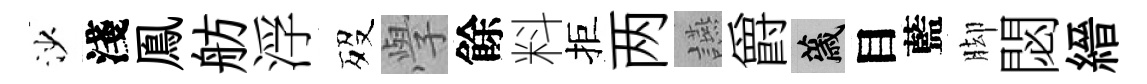
沙淺鳯舫浮歿𭓕餘料拒两讌爵薉目藍脚閟縉